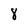
Character: 8